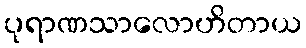
ပုရာဏသာလောဟိတာယ